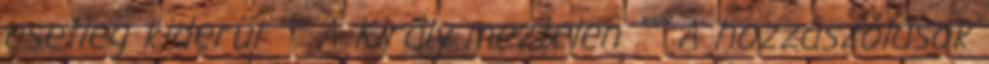
esetleg kiderül """ A Király meztelen """ A hozzászólások